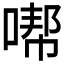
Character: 𱓮